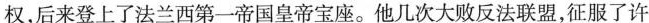
权，后来登上了法兰西第一帝国皇帝宝座。他几次大败反法联盟，征服了许